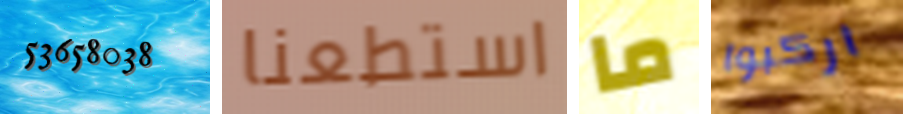
53658038 استطعنا ما اركبوا